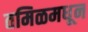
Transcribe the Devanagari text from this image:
तमिळमधून